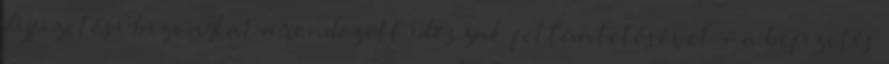
díjfizetési bizonylat a rendezett időszak feltüntetésével - a befizetés